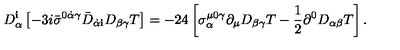
D _ { \alpha } ^ { \mathbf i } \left[ - 3 i { \bar { \sigma } } ^ { 0 \dot { \alpha } \gamma } { \bar { D } } _ { \dot { \alpha } { \mathbf i } } D _ { \beta \gamma } T \right] = - 2 4 \left[ \sigma _ { \alpha } ^ { \mu 0 \gamma } \partial _ { \mu } D _ { \beta \gamma } T - \frac { 1 } { 2 } \partial ^ { 0 } D _ { \alpha \beta } T \right] .